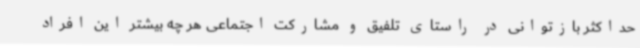
حداکثر بازتوانی در راستای تلفیق و مشارکت اجتماعی هر چه بیشتر این افراد